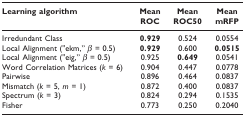
<table><thead><tr><td><b>Learning algorithm</b></td><td><b>Mean ROC</b></td><td><b>Mean ROC50</b></td><td><b>Mean mRFP</b></td></tr></thead><tbody><tr><td>Irredundant Class</td><td><b>0.929</b></td><td>0.524</td><td>0.0554</td></tr><tr><td>Local Alignment (&quot;ekm,&quot; <i>β </i>= 0.5)</td><td><b>0.929</b></td><td>0.600</td><td><b>0.0515</b></td></tr><tr><td>Local Alignment (&quot;eig,&quot; <i>β </i>= 0.5)</td><td>0.925</td><td><b>0.649</b></td><td>0.0541</td></tr><tr><td>Word Correlation Matrices (<i>k </i>= 6)</td><td>0.904</td><td>0.447</td><td>0.0778</td></tr><tr><td>Pairwise</td><td>0.896</td><td>0.464</td><td>0.0837</td></tr><tr><td>Mismatch (<i>k </i>= 5, <i>m </i>= 1)</td><td>0.872</td><td>0.400</td><td>0.0837</td></tr><tr><td>Spectrum (<i>k </i>= 3)</td><td>0.824</td><td>0.294</td><td>0.1535</td></tr><tr><td>Fisher</td><td>0.773</td><td>0.250</td><td>0.2040</td></tr></tbody></table>